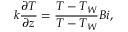
k \frac { \partial T } { \partial z } = \frac { T - T _ { W } } { T - T _ { W } } { B i } ,